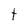
Character: t